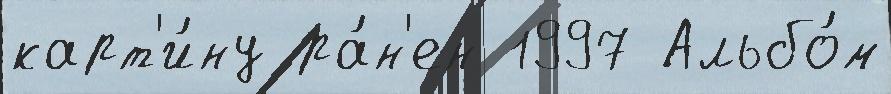
карт'и́ну ра́н'ен 1997 Альбо́м